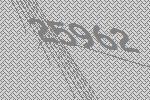
25962